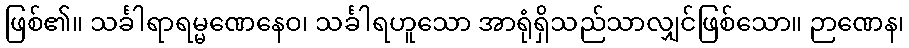
ဖြစ်၏။ သင်္ခါရာရမ္မဏေနေဝ၊ သင်္ခါရဟူသော အာရုံရှိသည်သာလျှင်ဖြစ်သော။ ဉာဏေန၊